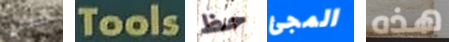
الصينين Tools حظ المجئ هذه